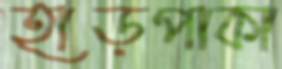
হাড়পাকা